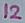
Text: 12